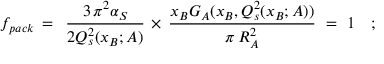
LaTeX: f _ { p a c k } \, = \, \, \, \frac { 3 \, \pi ^ { 2 } \alpha _ { S } } { 2 Q _ { s } ^ { 2 } ( x _ { B } ; A ) } \, \times \, \frac { x _ { B } G _ { A } ( x _ { B } , Q _ { s } ^ { 2 } ( x _ { B } ; A ) ) } { \pi \, R _ { A } ^ { 2 } } \, \, = \, \, 1 \quad ;